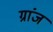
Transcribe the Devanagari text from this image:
ग्रांज